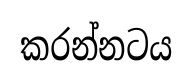
කරන්නටය